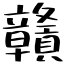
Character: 贛